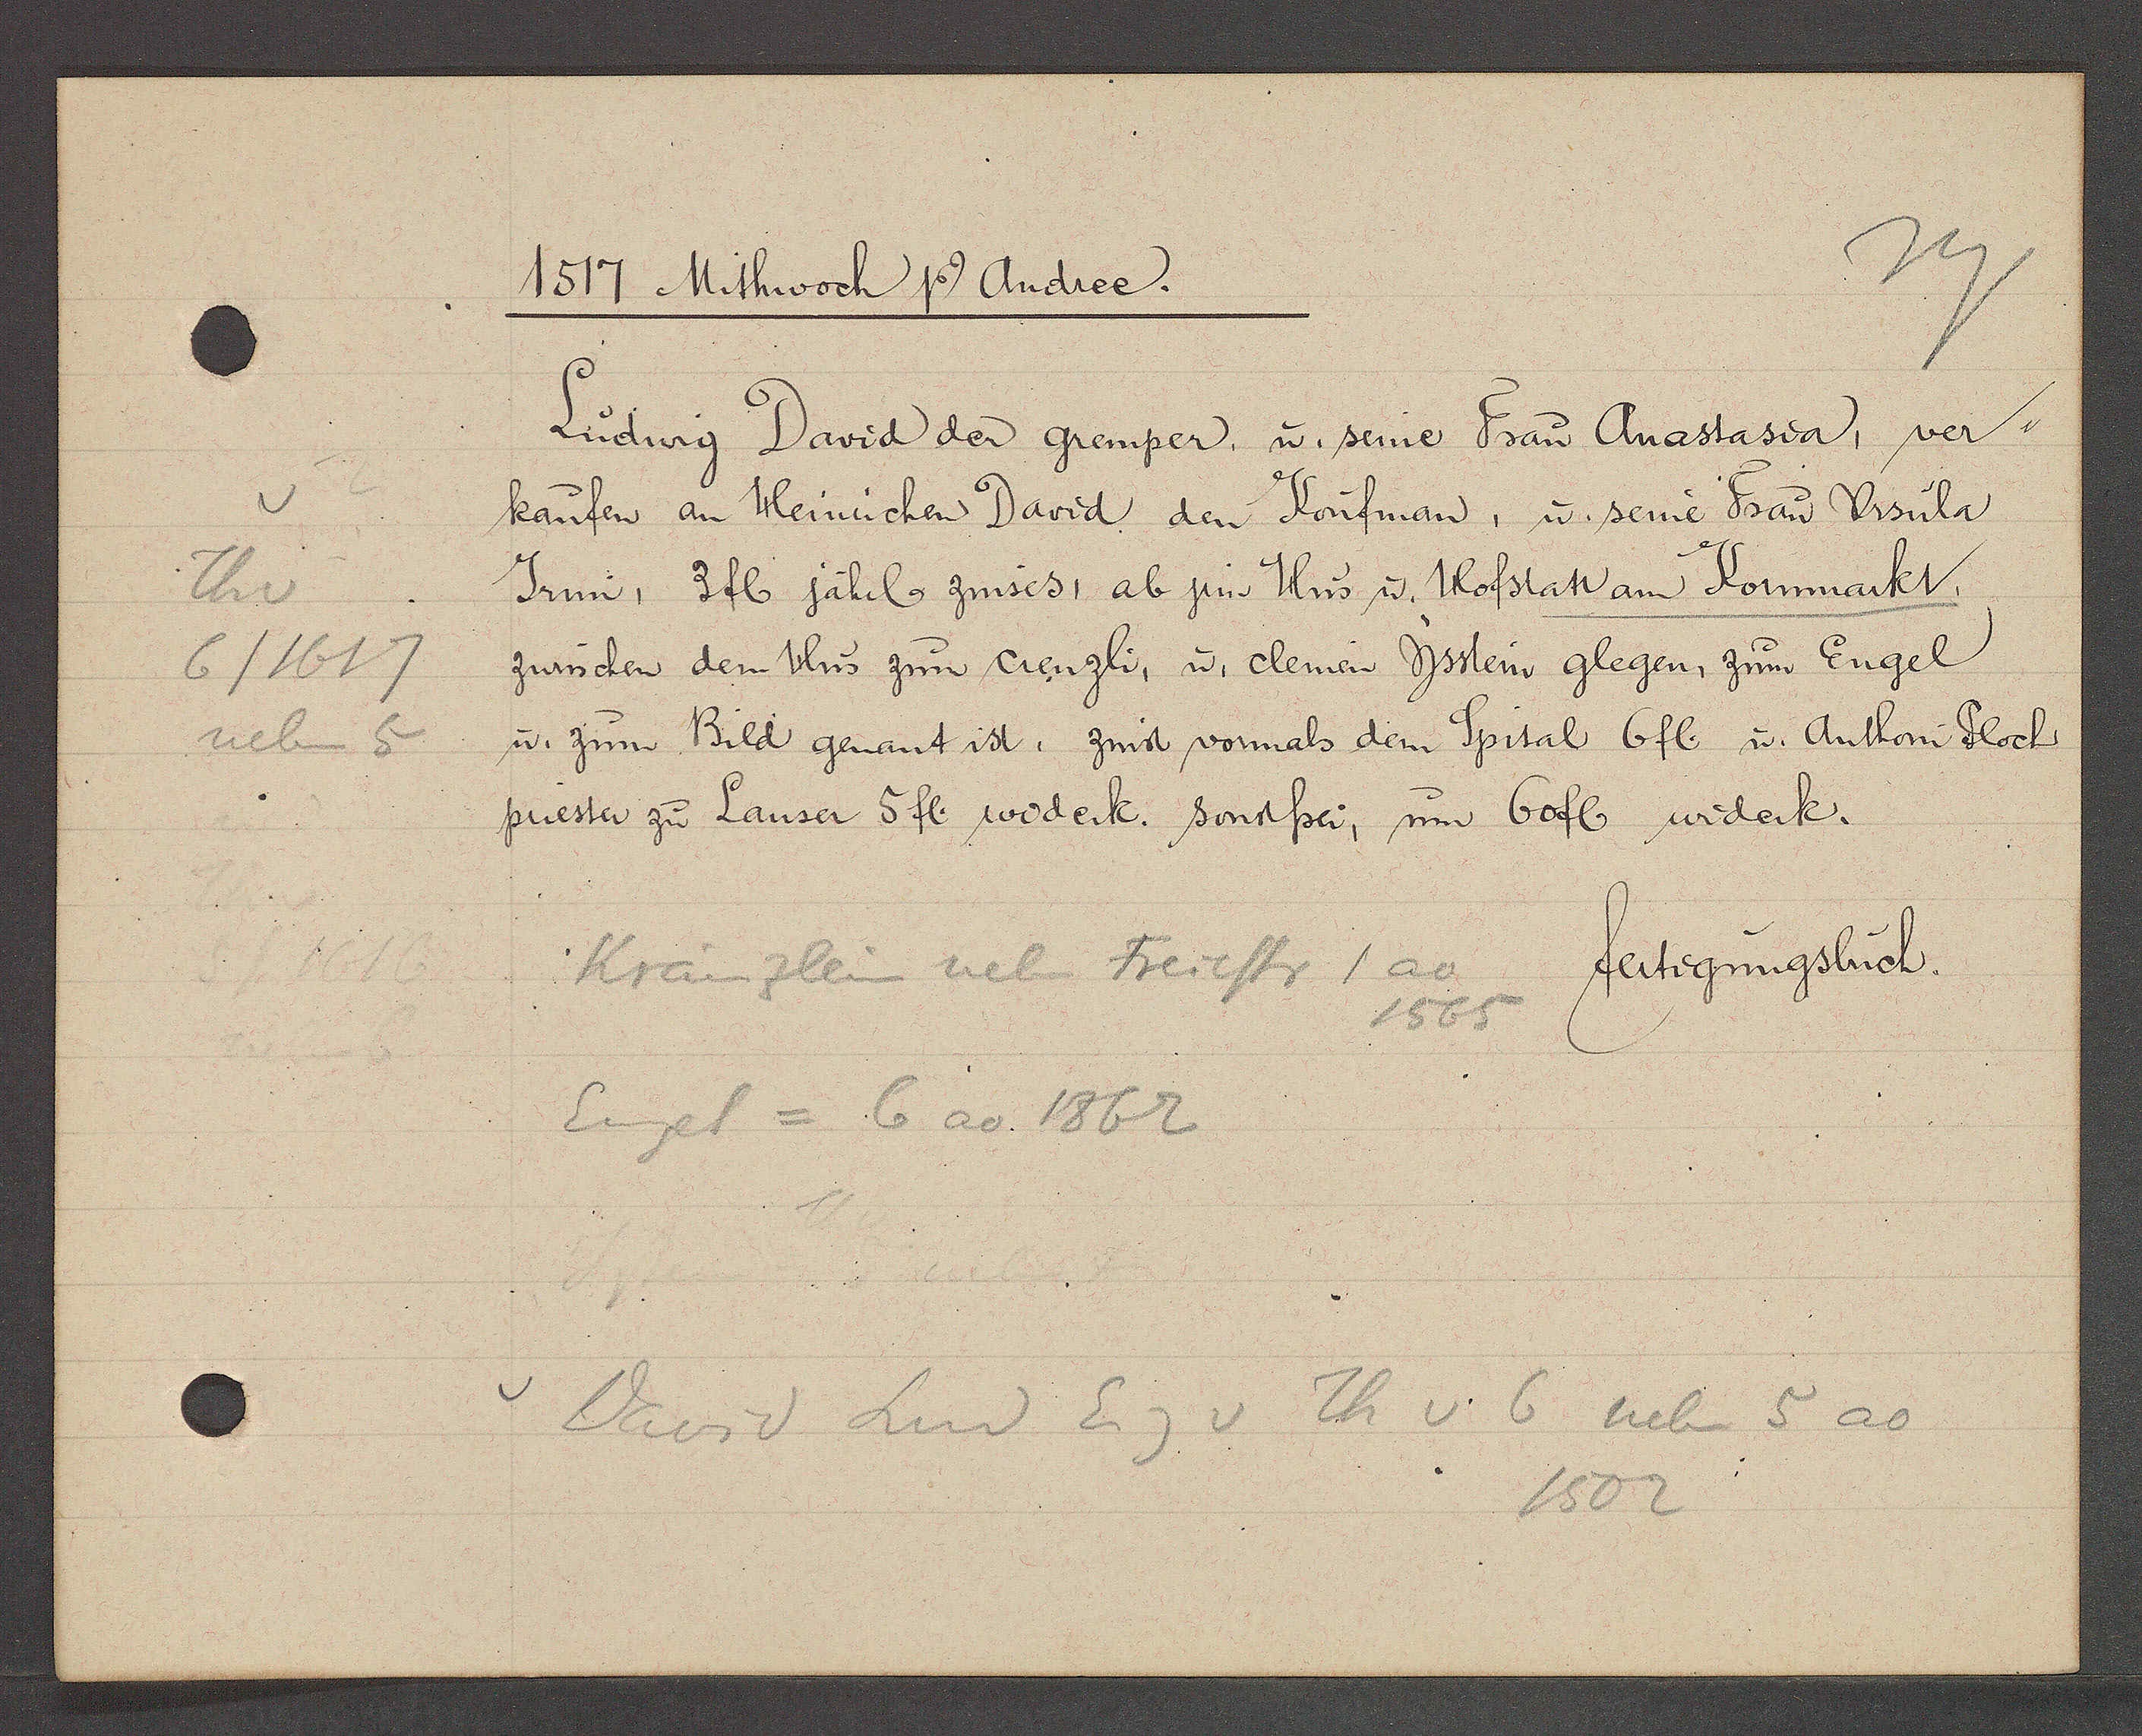
Transcript:
Th v
6/1617
neben 5

1517 Mithwoch Ƿ Andree.

Ludwig David der gremper, u. seine Frau Anastasia, ver¬
kaufen an Heirichen David den Koufman, u. seine Frau Ursula
Irim, 3 fl jährl zinses, ab jrm Hus u. Hofstatt am Kornmarkt,
zwüschen dem Hus zum crenzli, u. clemen Ysstein glegen, zum Engel
u. zum Bild genant ist, zinst vormals dem Spital 6 fl. u. Anthoni Flochs
priester zu Lanser 5 fl. widerk. sonstfrei, um 60 fl widerk.

Kränzlein neben Freiestr / ao
1565
Engel = 6 ao 1862

fertigungsbuch.

David Lud Eig v Th v 6 neben 5 ao
1502